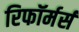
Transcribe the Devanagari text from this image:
रिफॉर्मर्स